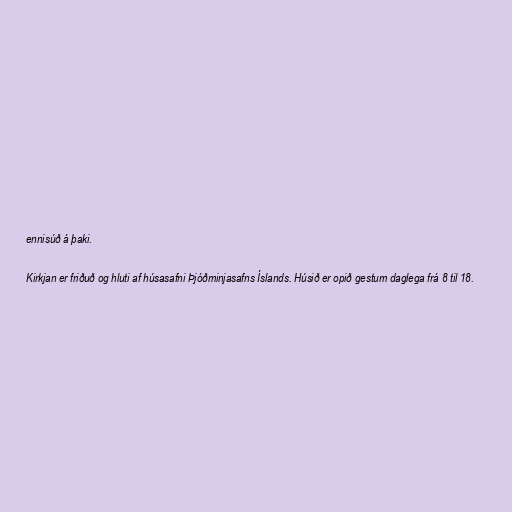
ennisúð á þaki.

Kirkjan er friðuð og hluti af húsasafni Þjóðminjasafns Íslands. Húsið er opið gestum daglega frá 8 til 18.